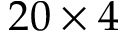
2 0 \times 4